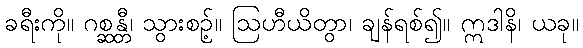
ခရီးကို။ ဂစ္ဆန္တီ၊ သွားစဉ့်။ ဩဟီယိတွာ၊ ချန်ရစ်၍။ ဣဒါနိ၊ ယခု။